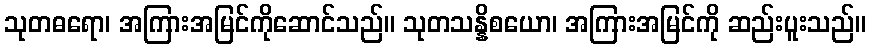
သုတဓရော၊ အကြားအမြင်ကိုဆောင်သည်။ သုတသန္နိစယော၊ အကြားအမြင်ကို ဆည်းပူးသည်။